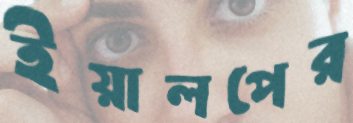
ইয়ালপের